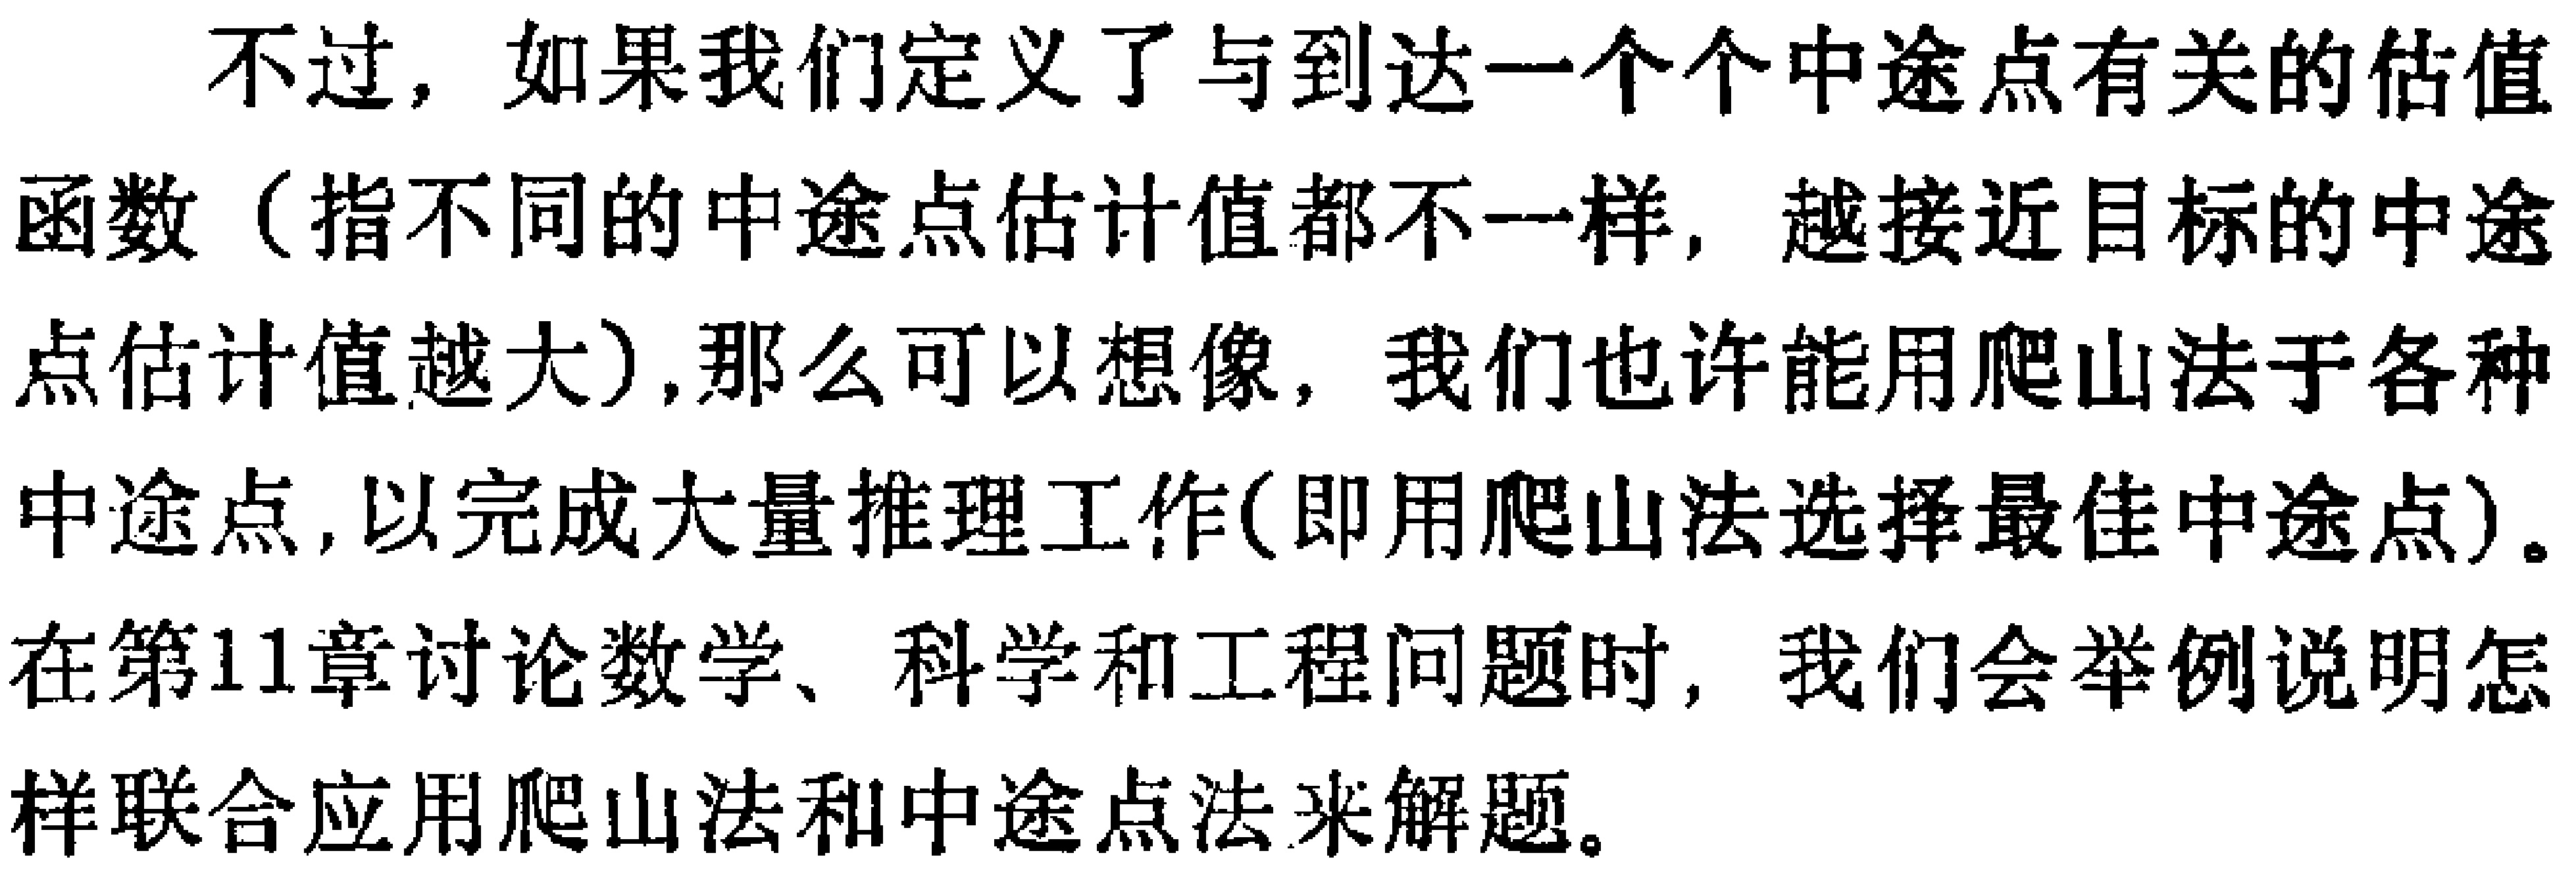
不过，如果我们定义了与到达一个个中途点有关的估值函数（指不同的中途点估计值都不一样，越接近目标的中途点估计值越大）,那么可以想像，我们也许能用爬山法于各种中途点，以完成大量推理工作(即用爬山法选择最佳中途点)。在第11章讨论数学、科学和工程问题时，我们会举例说明怎样联合应用爬山法和中途点法来解题。